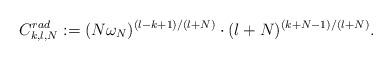
LaTeX: \begin{align*}C_{k,l,N} ^{rad} := (N\omega _N ) ^{(l-k+1)/(l+N)} \cdot (l+N ) ^{(k+N-1)/(l+N)} .\end{align*}